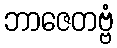
ဘာဇေတဗ္ဗံ